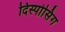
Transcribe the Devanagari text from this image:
दिस्पोसिंग